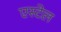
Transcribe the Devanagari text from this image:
एस्टेल